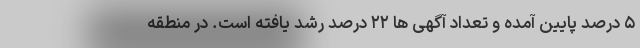
۵ درصد پایین آمده و تعداد آگهی ها ۲۲ درصد رشد یافته است. در منطقه